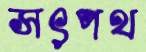
সৎপথ